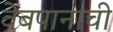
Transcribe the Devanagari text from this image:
वेबपानाची